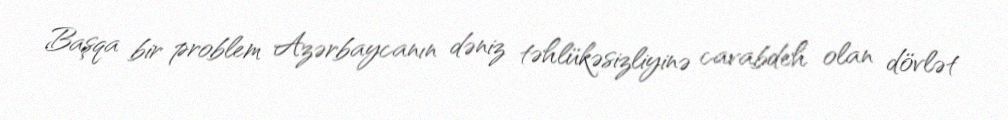
Başqa bir problem Azərbaycanın dəniz təhlükəsizliyinə cavabdeh olan dövlət